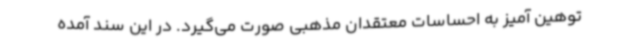
توهین آمیز به احساسات معتقدان مذهبی صورت می‌گیرد. در این سند آمده